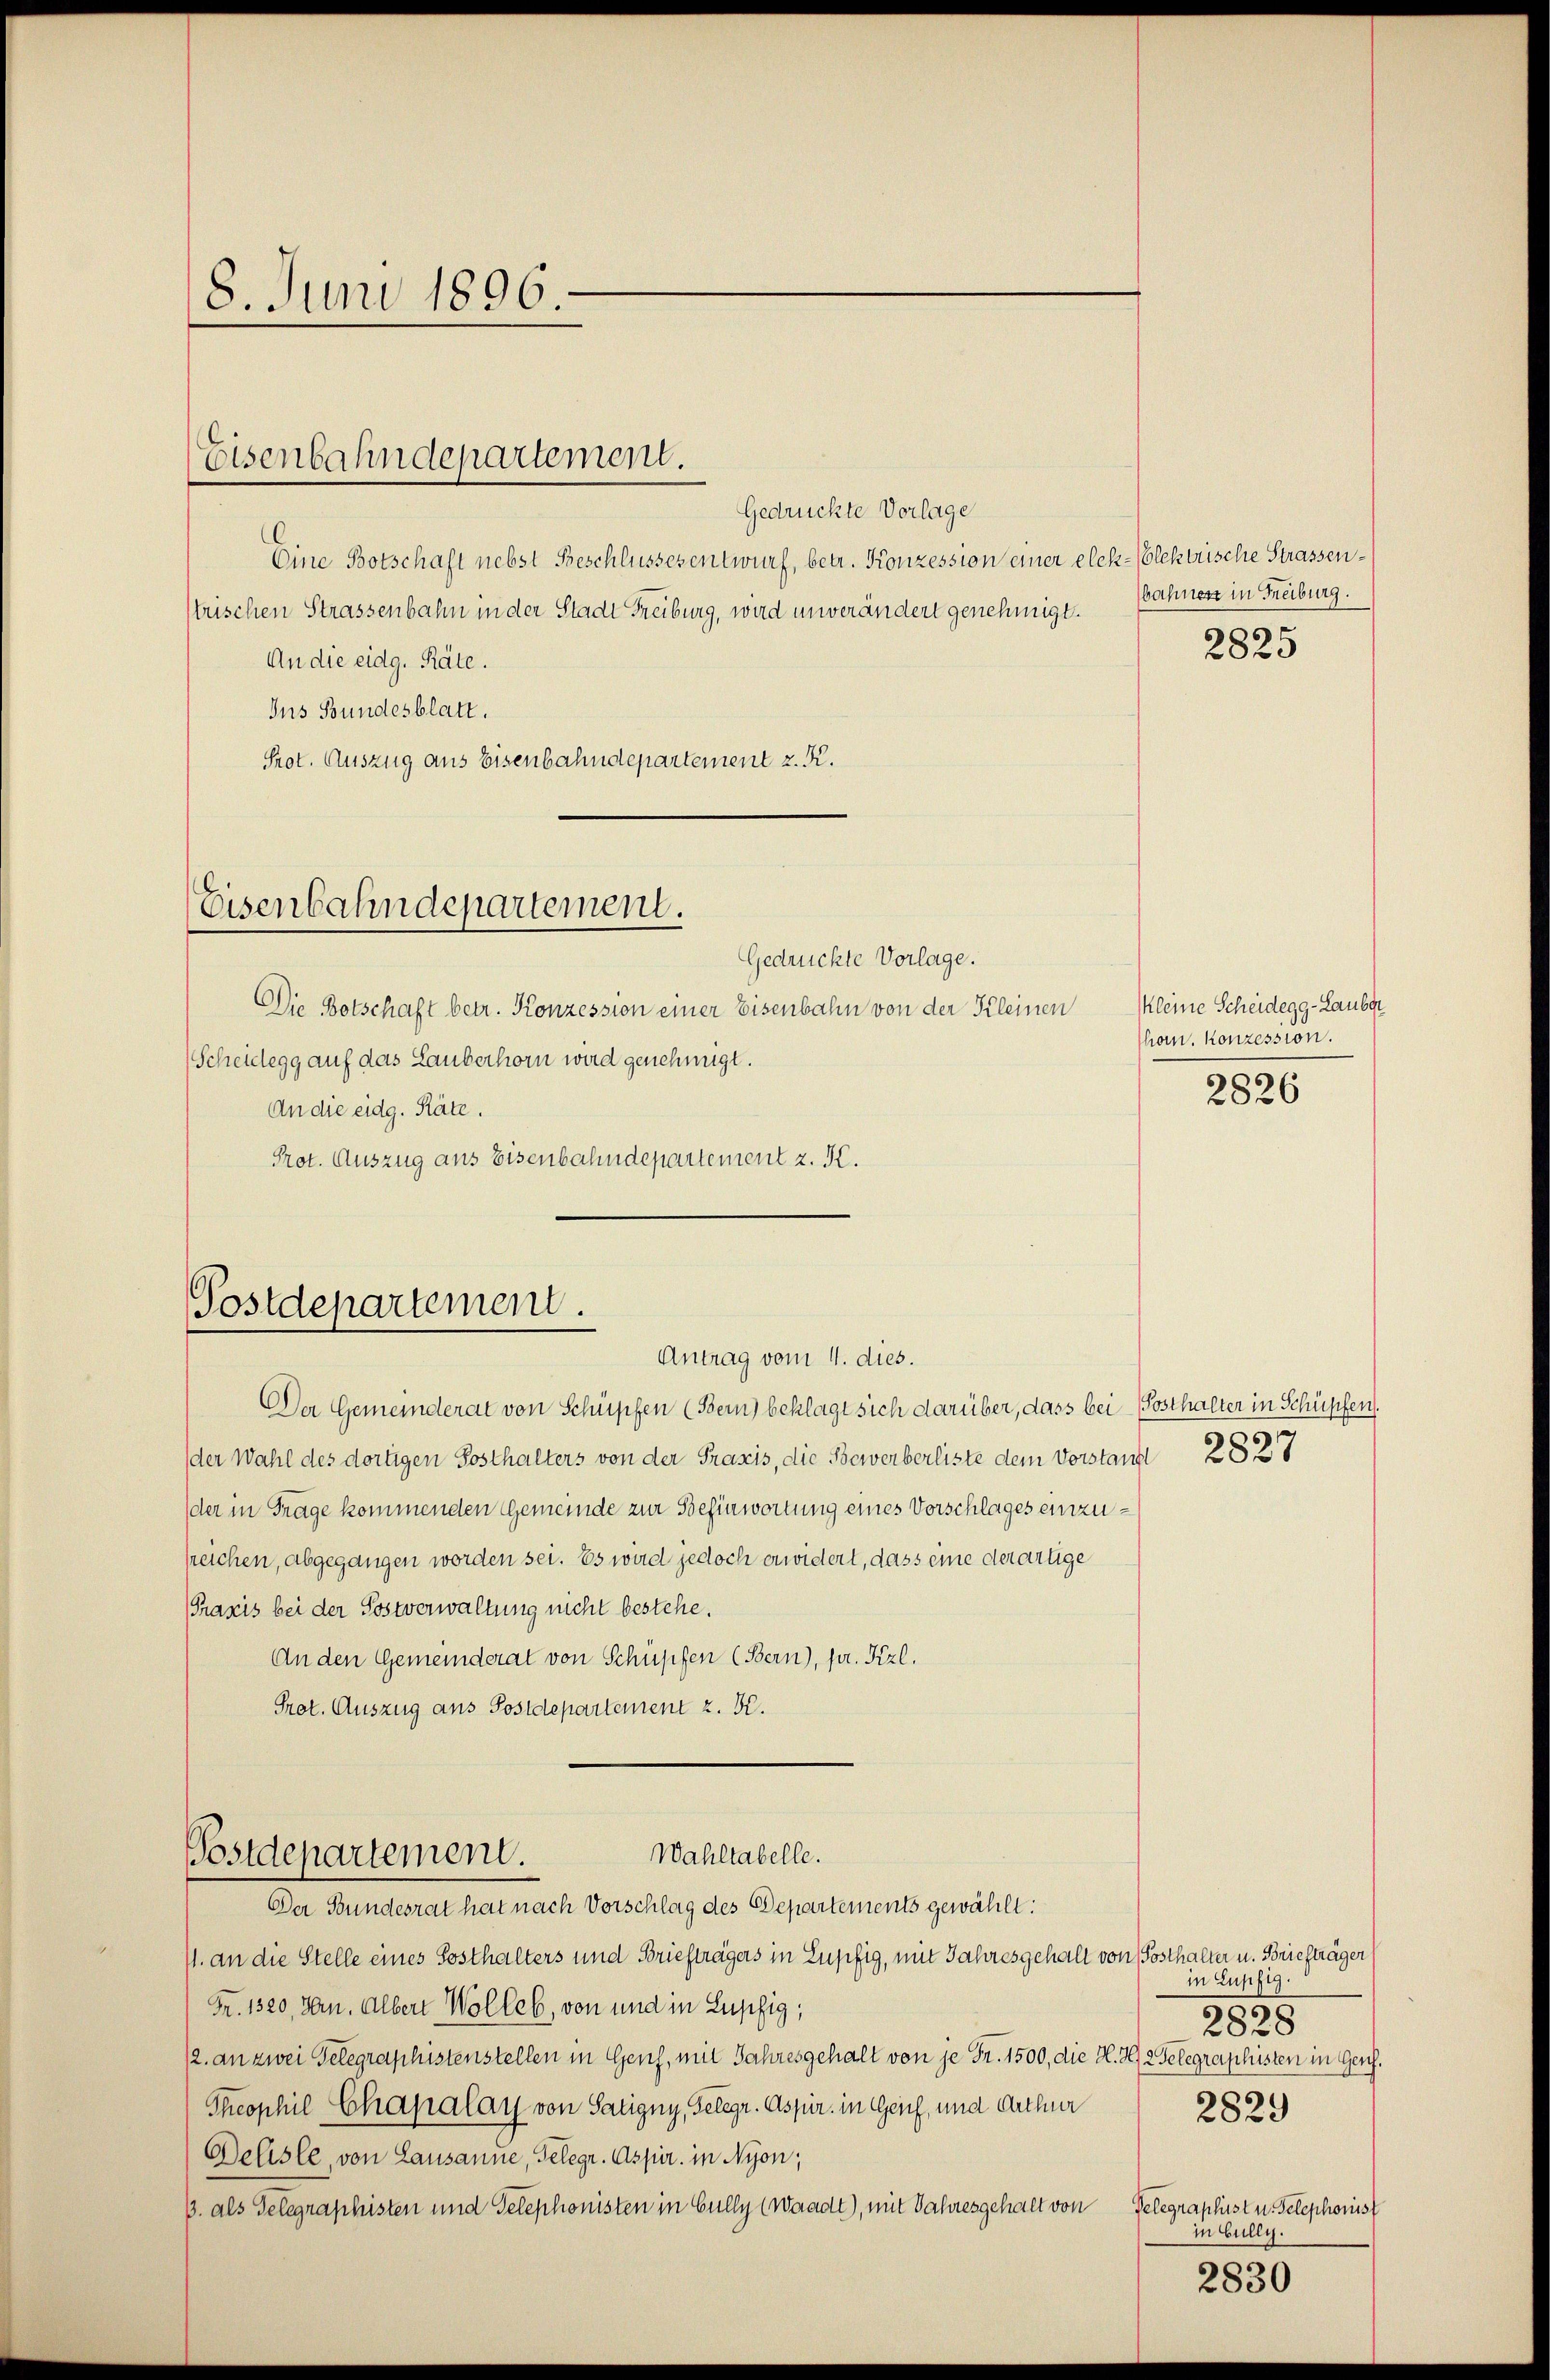
18. Juni 1896.

Eisenbahndepartement.

Gedrückte Vorlage
Eine Botschaft nebst Beschlussesentwurf, betr. Konzession einer elek-lektrische Strassenstrischen Strassenbahn in der Stadt Freiburg, wird unverändert genehmigt.
An die eidg. Räte.
Ins Bundesblatt.
Prot. Auszug aus Eisenbahndepartement z. R.

Eisenbahndepartement.

Gedrückte Vorlage.
Die Botschaft betr. Konzession einer Eisenbahn von der Kleinen
Scheidegg auf das Lauberhorn wird genehmigt.
An die eidg. Räte.
Prot. Auszug aus Eisenbahndepartement z. K.

Postdepartement.
Antrag vom 4. dies.

Der Gemeinderat von Schüpfen (Bern) beklagt sich darüber, dass bei (Posthalter in Schüpfen.
der Wahl des dortigen Sosthalters von der Praxis, die Bewerberliste dem Vorstand 2827
der in Frage kommenden Gemeinde zur Befinwortung eines Vorschlages einzupeichen, abgegangen worden sei. Es wird jedoch erwidert, dass eine derartige
Praxis bei der Postverwaltung nicht bestehe.
An den Gemeinderat von Schüpfen (Bern), pr. Kizl.
Prot. Auszug aus Postdepartement z. B.
Wahltabelle.
Postdepartement.
Der Bundesrat hat nach Vorschlag des Departements gewählt:
71. an die Stelle eines Sosthalters und Briefträgers in Lupfig, mit Jahresgehalt von Posthalter u. Briefträger
Fr. 1320. Jan. Alber Wolles, von und in Lupfig;
12. an zwei Gelegraphistenstellen in Genf, mit Jahresgehalt von je Fr. 1500, die H. H. Gelegraphisten in Ger.
Theophil Chapalay von Satigny, Gelegr. Aspur. in Genf, und Arthur
Delisle, von Lausanne, Gelegr. Aspir. in Nyon;
3. als Telegraphisten und Telephonisten in Gully (Waadt), mit Jahresgehalt von

bahnert in Freiburg.

2825

Kleine Scheidegg-Lauber
hon. Konzession.

2826

in Lupfig.
2828
2829

Telegraphist u. Telephonist
in bully.

2830